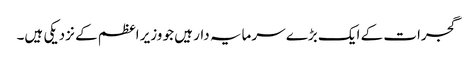
گجرات کے ایک بڑے سرمایہ دار ہیں جو وزیر اعظم کے نزدیکی ہیں۔